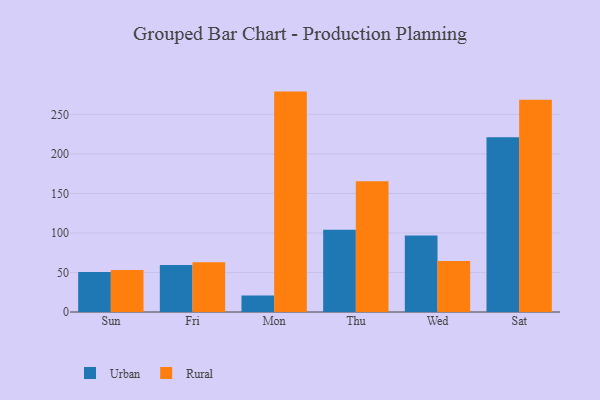
{"axis": {"x": "Day", "y": "Gross Profit (USD K)"}, "legend": ["Rural", "Urban"], "data": [{"x": "Sun", "y": 50.7, "type": "Urban"}, {"x": "Sun", "y": 53.3, "type": "Rural"}, {"x": "Fri", "y": 59.4, "type": "Urban"}, {"x": "Fri", "y": 62.8, "type": "Rural"}, {"x": "Mon", "y": 21.0, "type": "Urban"}, {"x": "Mon", "y": 278.9, "type": "Rural"}, {"x": "Thu", "y": 104.0, "type": "Urban"}, {"x": "Thu", "y": 165.3, "type": "Rural"}, {"x": "Wed", "y": 96.8, "type": "Urban"}, {"x": "Wed", "y": 64.6, "type": "Rural"}, {"x": "Sat", "y": 221.1, "type": "Urban"}, {"x": "Sat", "y": 268.6, "type": "Rural"}]}